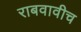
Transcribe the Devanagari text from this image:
राबवावीच